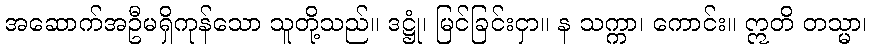
အဆောက်အဦမရှိကုန်သော သူတို့သည်။ ဒဋ္ဌုံ၊ မြင်ခြင်းငှာ။ န သက္ကာ၊ ကောင်း။ ဣတိ တသ္မာ၊